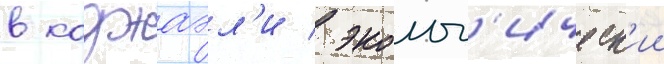
в коджаэл'и / эколог'ическ'ии